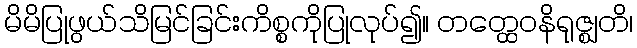
မိမိပြုဖွယ်သိမြင်ခြင်းကိစ္စကိုပြုလုပ်၍။ တတ္ထေဝနိရုဇ္ဈတိ၊